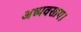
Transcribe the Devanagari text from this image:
अध्यवसाय।